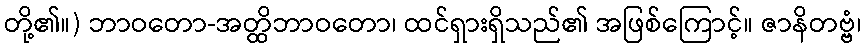
တို့၏။) ဘာဝတော-အတ္ထိဘာဝတော၊ ထင်ရှားရှိသည်၏ အဖြစ်ကြောင့်။ ဇာနိတဗ္ဗံ၊